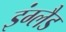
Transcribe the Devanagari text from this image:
इंग्लैड